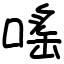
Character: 嗂